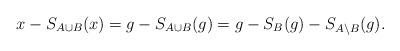
LaTeX: \begin{align*}x-S_{A\cup B}(x) = g-S_{A\cup B}(g) = g-S_B(g) -S_{A\setminus B}(g). \end{align*}